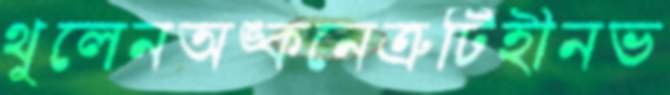
থুলেনঅঙ্কনেত্রুটিহীনভ